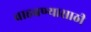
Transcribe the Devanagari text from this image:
वाहवण्यासाठी